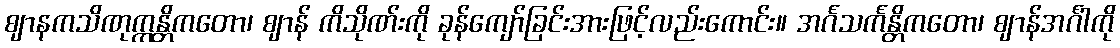
ဈာနကသိဏုက္ကန္တိကတော၊ ဈာန် ကိသိုဏ်းကို ခုန်ကျော်ခြင်းအားဖြင့်လည်းကောင်း။ အင်္ဂသင်္ကန္တိကတော၊ ဈာန်အင်္ဂါကို